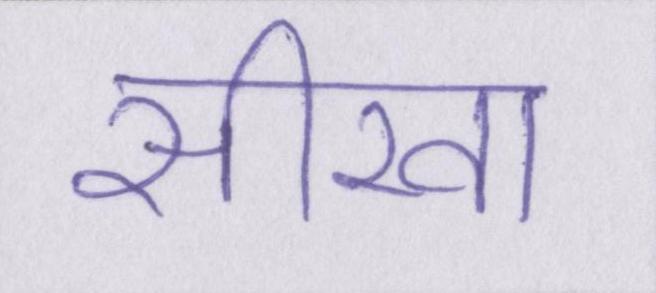
सीखा